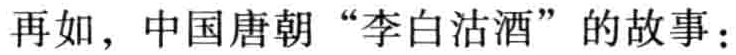
再如，中国唐朝“李白沽酒”的故事：